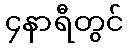
၄နာရီတွင်